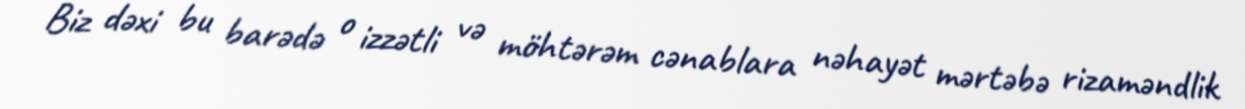
Biz dəxi bu barədə o izzətli və möhtərəm cənablara nəhayət mərtəbə rizaməndlik